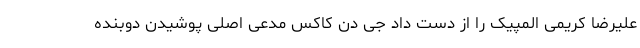
علیرضا کریمی المپیک را از دست داد جی دن کاکس مدعی اصلی پوشیدن دوبنده